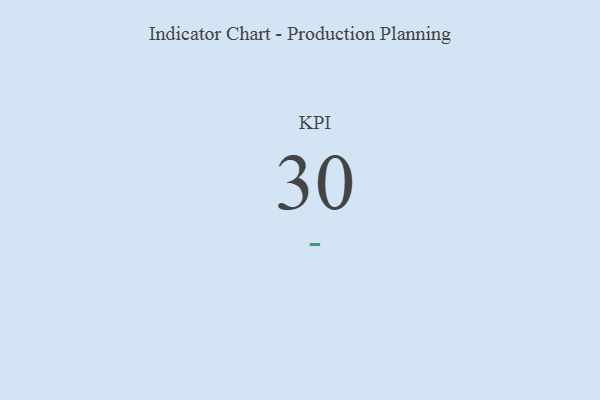
{"axis": {"x": "KPI", "y": "Value"}, "legend": [""], "data": [{"x": "KPI", "y": 30, "type": ""}]}